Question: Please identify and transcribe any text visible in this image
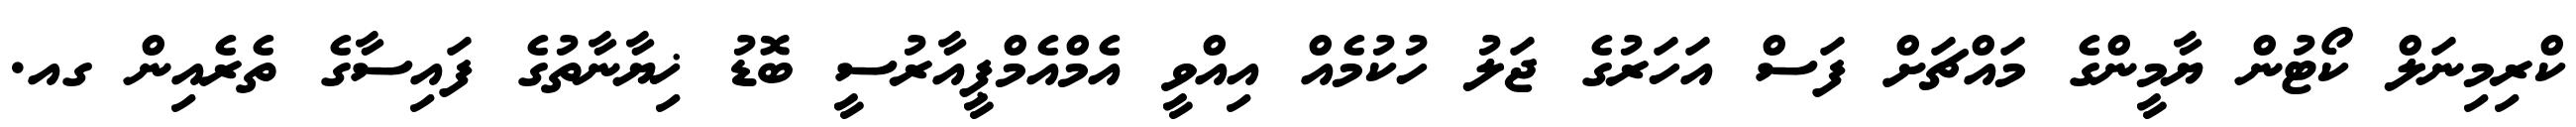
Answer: ކްރިމިނަލް ކޯޓުން ޔާމީންގެ މައްޗަށް ފަސް އަހަރުގެ ޖަލު ހުކުމެއް އިއްވީ އެމްއެމްޕީއާރުސީ ބޮޑު ޚިޔާނާތުގެ ފައިސާގެ ތެރެއިން ގއ.